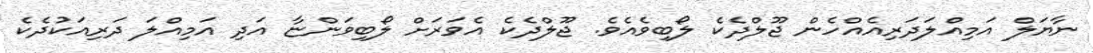
ނާޔަލް އަމިއްލަދަރިއެއްހެން ޖޫލްދެކެ ލޯބިވެއެވެ. ޖޫލްދެކެ އެވަރަށް ލޯބިވަންޏާ އަދި އަމިއްލަ ދަރިއަކުދެކެ